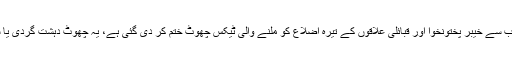
آئندہ مالی سال کے بجٹ میں وفاق کی جانب سے خیبر پختونخوا اور قبائلی علاقوں کے تیرہ اضلاع کو ملنے والی ٹیکس چھوٹ ختم کر دی گئی ہے، یہ چھوٹ دہشت گردی یا سیلاب سے متاثر اضلاع کو دی گئی تھی۔